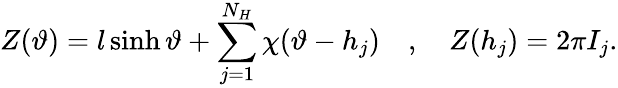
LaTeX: Z(\vartheta)=l\sinh\vartheta+\displaystyle\sum_{j=1}^{N_{H}}\chi(\vartheta-h_{j})\quad,\quad Z(h_{j})=2\pi I_{j}.